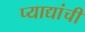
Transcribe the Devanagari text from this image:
प्याद्यांची